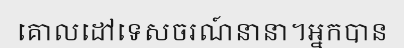
គោលដៅទេសចរណ៍នានា។អ្នកបាន